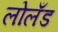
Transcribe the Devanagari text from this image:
लोलँड